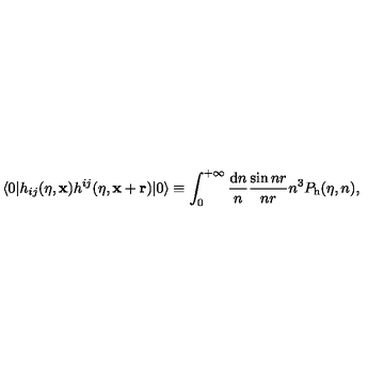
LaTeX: \langle 0 \vert h _ { i j } ( \eta , { \bf x } ) h ^ { i j } ( \eta , { \bf x } + { \bf r } ) \vert 0 \rangle \equiv \int _ { 0 } ^ { + \infty } \frac { \mathrm { d } n } { n } \frac { \sin n r } { n r } n ^ { 3 } P _ { \mathrm { h } } ( \eta , n ) ,